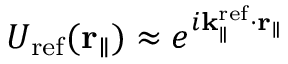
U _ { \mathrm { r e f } } ( { \bf r } _ { \parallel } ) \approx e ^ { i { \bf k } _ { \parallel } ^ { \mathrm { r e f } } \cdot { \bf r } _ { \parallel } }